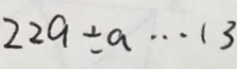
2 2 a \div a \cdots 1 3